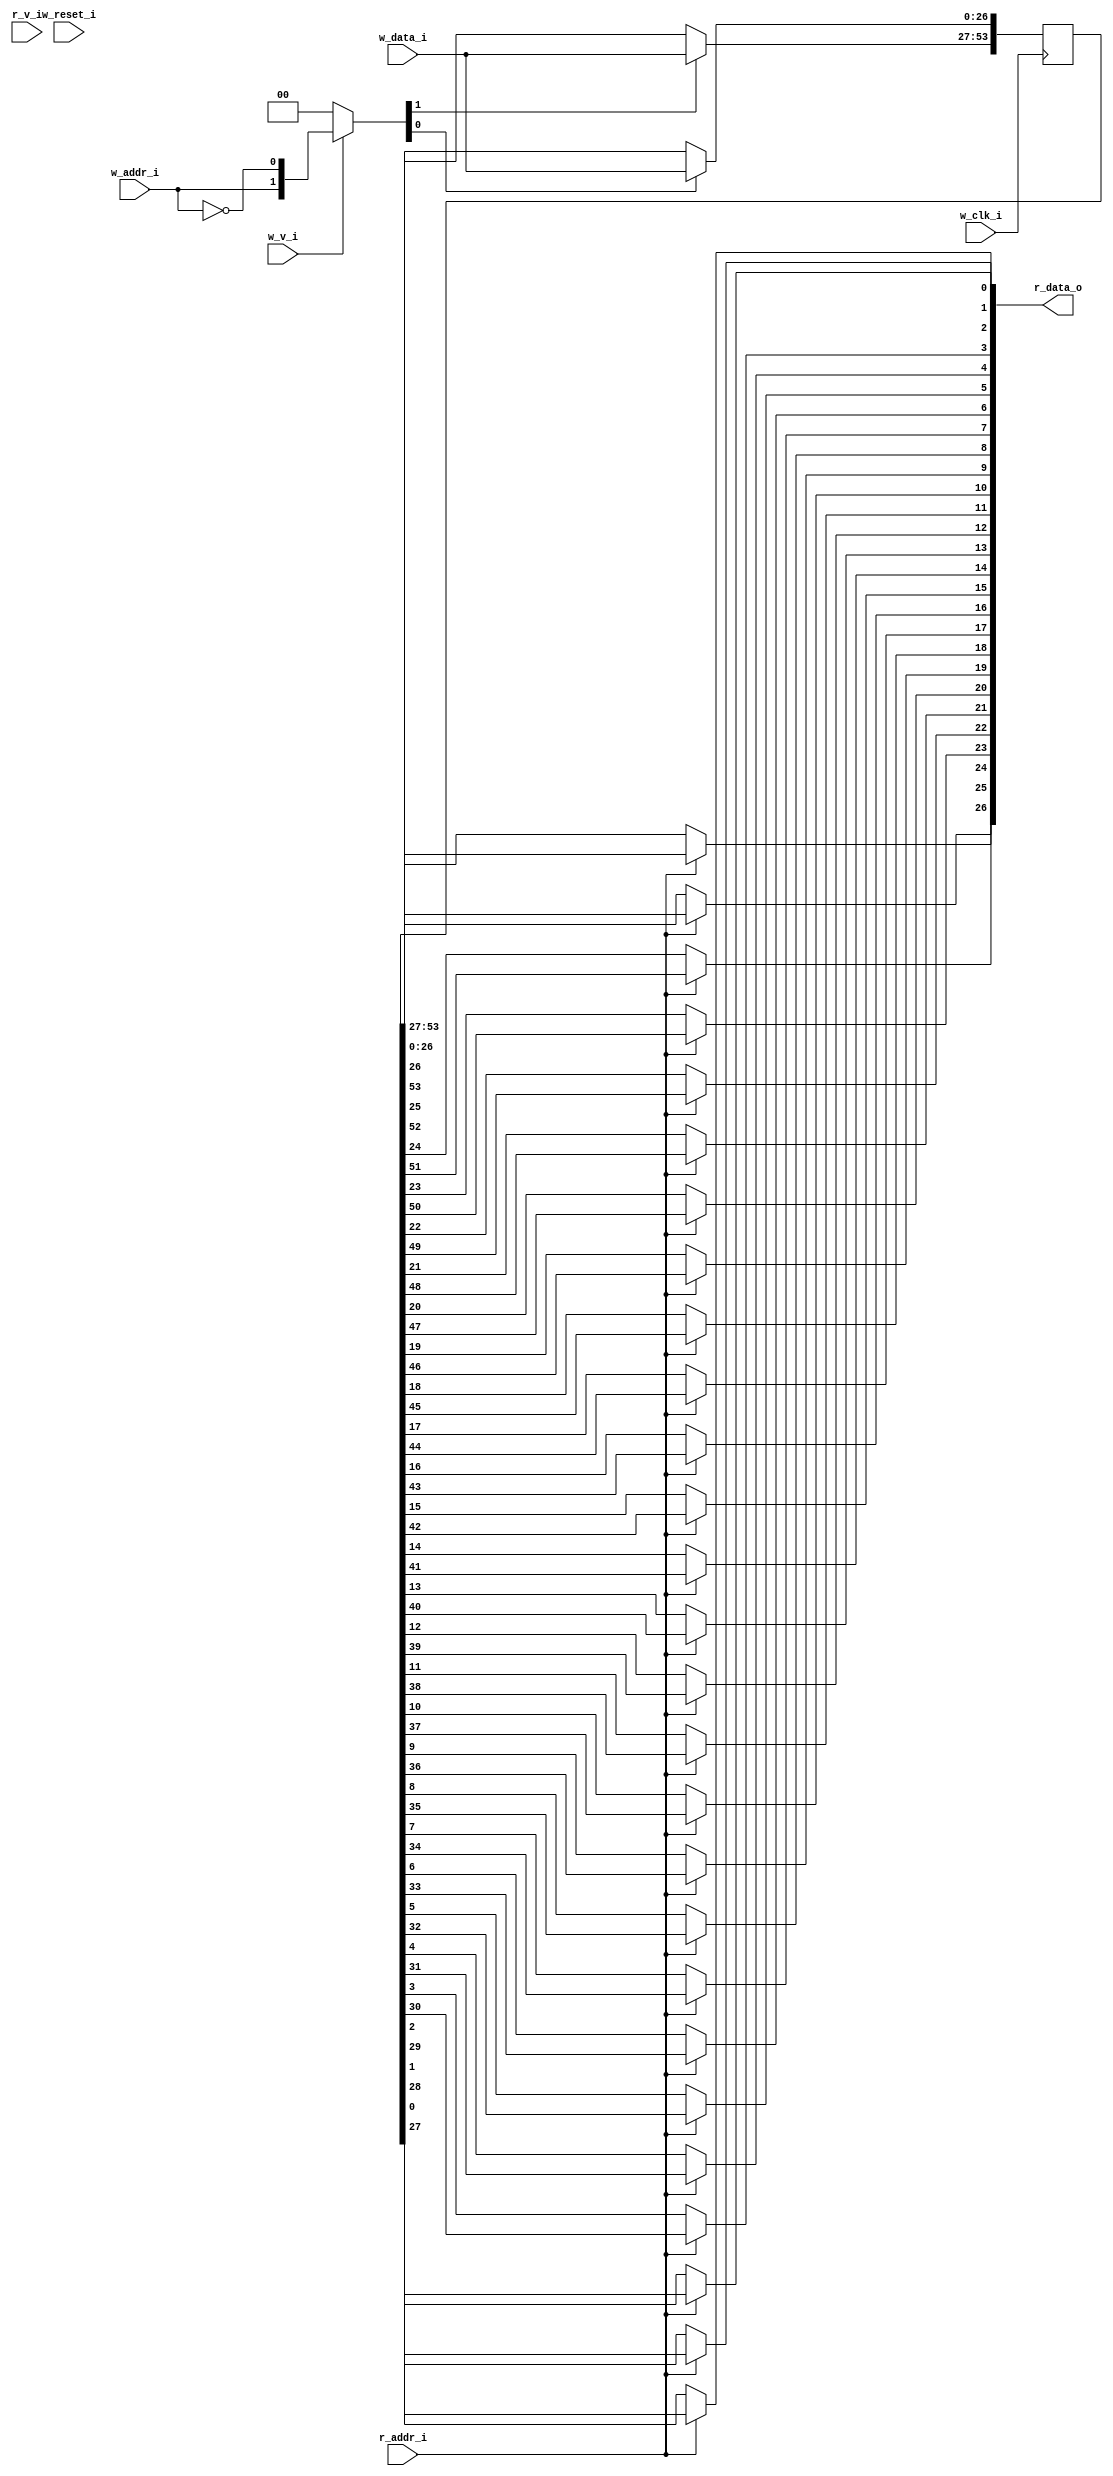
module bsg_mem_1r1w_synth_width_p27_els_p2_read_write_same_addr_p0_harden_p0
(
  w_clk_i,
  w_reset_i,
  w_v_i,
  w_addr_i,
  w_data_i,
  r_v_i,
  r_addr_i,
  r_data_o
);

  input [0:0] w_addr_i;
  input [26:0] w_data_i;
  input [0:0] r_addr_i;
  output [26:0] r_data_o;
  input w_clk_i;
  input w_reset_i;
  input w_v_i;
  input r_v_i;
  wire [26:0] r_data_o;
  wire N0,N1,N2,N3,N4,N5,N7,N8;
  reg [53:0] mem;
  assign r_data_o[26] = (N3)? mem[26] :
                        (N0)? mem[53] : 1'b0;
  assign N0 = r_addr_i[0];
  assign r_data_o[25] = (N3)? mem[25] :
                        (N0)? mem[52] : 1'b0;
  assign r_data_o[24] = (N3)? mem[24] :
                        (N0)? mem[51] : 1'b0;
  assign r_data_o[23] = (N3)? mem[23] :
                        (N0)? mem[50] : 1'b0;
  assign r_data_o[22] = (N3)? mem[22] :
                        (N0)? mem[49] : 1'b0;
  assign r_data_o[21] = (N3)? mem[21] :
                        (N0)? mem[48] : 1'b0;
  assign r_data_o[20] = (N3)? mem[20] :
                        (N0)? mem[47] : 1'b0;
  assign r_data_o[19] = (N3)? mem[19] :
                        (N0)? mem[46] : 1'b0;
  assign r_data_o[18] = (N3)? mem[18] :
                        (N0)? mem[45] : 1'b0;
  assign r_data_o[17] = (N3)? mem[17] :
                        (N0)? mem[44] : 1'b0;
  assign r_data_o[16] = (N3)? mem[16] :
                        (N0)? mem[43] : 1'b0;
  assign r_data_o[15] = (N3)? mem[15] :
                        (N0)? mem[42] : 1'b0;
  assign r_data_o[14] = (N3)? mem[14] :
                        (N0)? mem[41] : 1'b0;
  assign r_data_o[13] = (N3)? mem[13] :
                        (N0)? mem[40] : 1'b0;
  assign r_data_o[12] = (N3)? mem[12] :
                        (N0)? mem[39] : 1'b0;
  assign r_data_o[11] = (N3)? mem[11] :
                        (N0)? mem[38] : 1'b0;
  assign r_data_o[10] = (N3)? mem[10] :
                        (N0)? mem[37] : 1'b0;
  assign r_data_o[9] = (N3)? mem[9] :
                       (N0)? mem[36] : 1'b0;
  assign r_data_o[8] = (N3)? mem[8] :
                       (N0)? mem[35] : 1'b0;
  assign r_data_o[7] = (N3)? mem[7] :
                       (N0)? mem[34] : 1'b0;
  assign r_data_o[6] = (N3)? mem[6] :
                       (N0)? mem[33] : 1'b0;
  assign r_data_o[5] = (N3)? mem[5] :
                       (N0)? mem[32] : 1'b0;
  assign r_data_o[4] = (N3)? mem[4] :
                       (N0)? mem[31] : 1'b0;
  assign r_data_o[3] = (N3)? mem[3] :
                       (N0)? mem[30] : 1'b0;
  assign r_data_o[2] = (N3)? mem[2] :
                       (N0)? mem[29] : 1'b0;
  assign r_data_o[1] = (N3)? mem[1] :
                       (N0)? mem[28] : 1'b0;
  assign r_data_o[0] = (N3)? mem[0] :
                       (N0)? mem[27] : 1'b0;
  assign N5 = ~w_addr_i[0];
  assign { N8, N7 } = (N1)? { w_addr_i[0:0], N5 } :
                      (N2)? { 1'b0, 1'b0 } : 1'b0;
  assign N1 = w_v_i;
  assign N2 = N4;
  assign N3 = ~r_addr_i[0];
  assign N4 = ~w_v_i;

  always @(posedge w_clk_i) begin
    if(N8) begin
      { mem[53:27] } <= { w_data_i[26:0] };
    end
    if(N7) begin
      { mem[26:0] } <= { w_data_i[26:0] };
    end
  end


endmodule